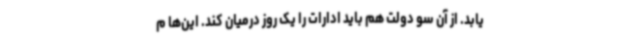
یابد. از آن سو دولت هم باید ادارات را یک روز درمیان کند. این‌ها م